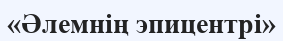
«Әлемнің эпицентрі»